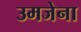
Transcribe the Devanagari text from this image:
उमजेना